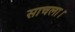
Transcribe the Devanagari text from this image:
साचला।